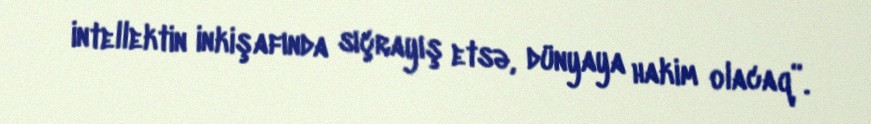
intellektin inkişafında sıçrayış etsə, dünyaya hakim olacaq”.